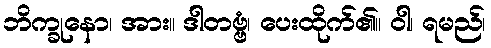
ဘိက္ခုနော၊ အား။ ဒါတဗ္ဗံ၊ ပေးထိုက်၏။ ဝါ၊ ရမည်၊